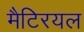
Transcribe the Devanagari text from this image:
मैटिरयल